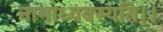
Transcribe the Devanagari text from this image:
नामाध्यवस्यति।।